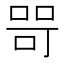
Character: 𭈑